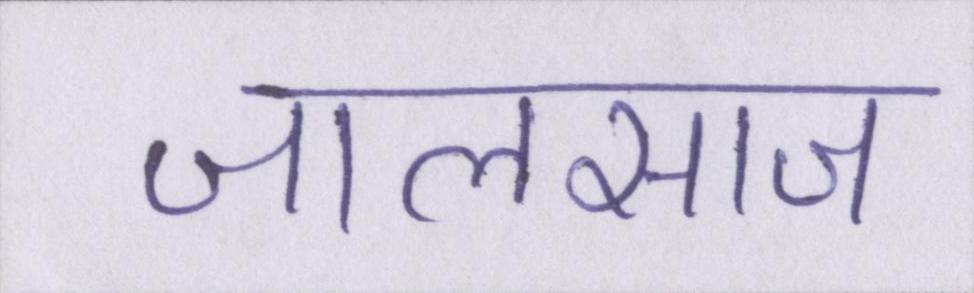
जालसाज